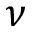
\nu